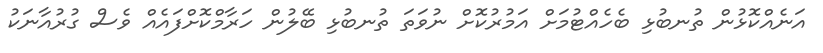
އަނެއްކޮޅުން ތުނބުޅި ބެހެއްޓުމަށް އަމުރުކޮށް ނުވަތަ ތުނބުޅި ބޭލުން ހަރާމްކޮށްފައެއް ވެސް ގުރުއާނަކު